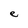
Character: e